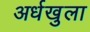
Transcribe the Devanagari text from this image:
अर्धखुला